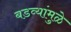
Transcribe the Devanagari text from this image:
बडव्यांमुळे